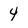
Character: 4